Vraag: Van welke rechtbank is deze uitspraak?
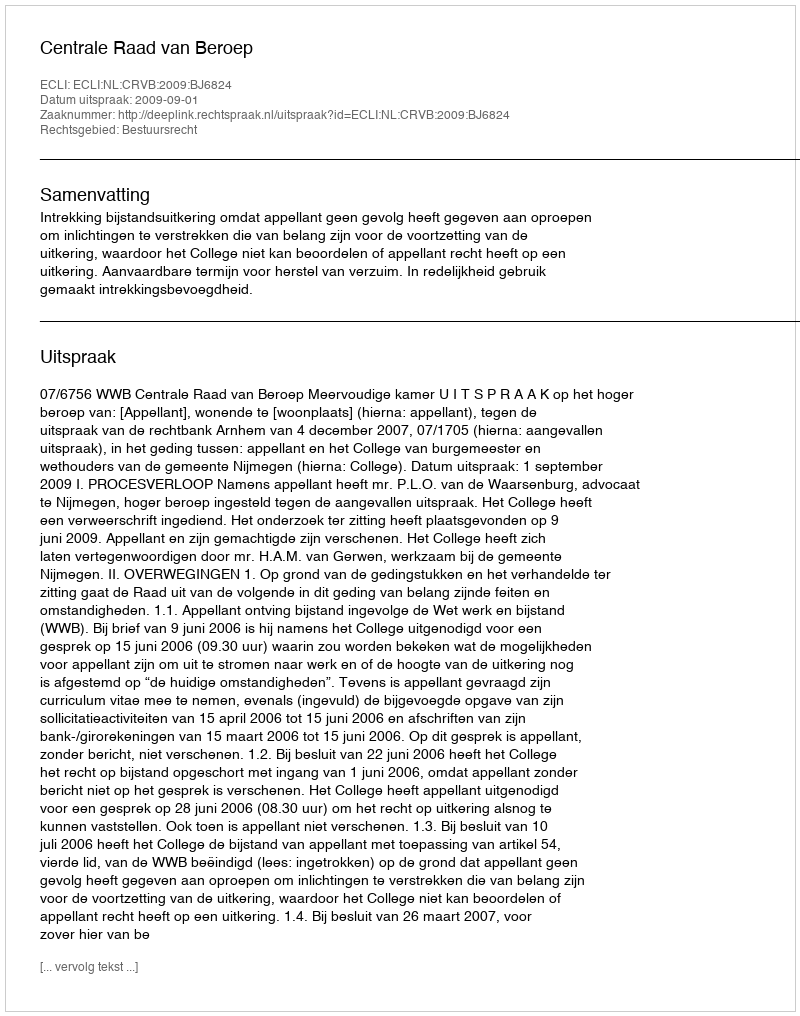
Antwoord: Centrale Raad van Beroep